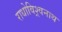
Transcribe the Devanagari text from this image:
राधोविश्र्वनाथ